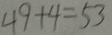
4 9 + 4 = 5 3